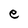
Character: e